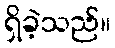
ရှိခဲ့သည်။